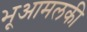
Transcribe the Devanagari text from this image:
भूआमलकी